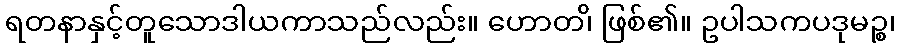
ရတနာနှင့်တူသောဒါယကာသည်လည်း။ ဟောတ၊ိ ဖြစ်၏။ ဥပါသကပဒုမဉ္စ၊